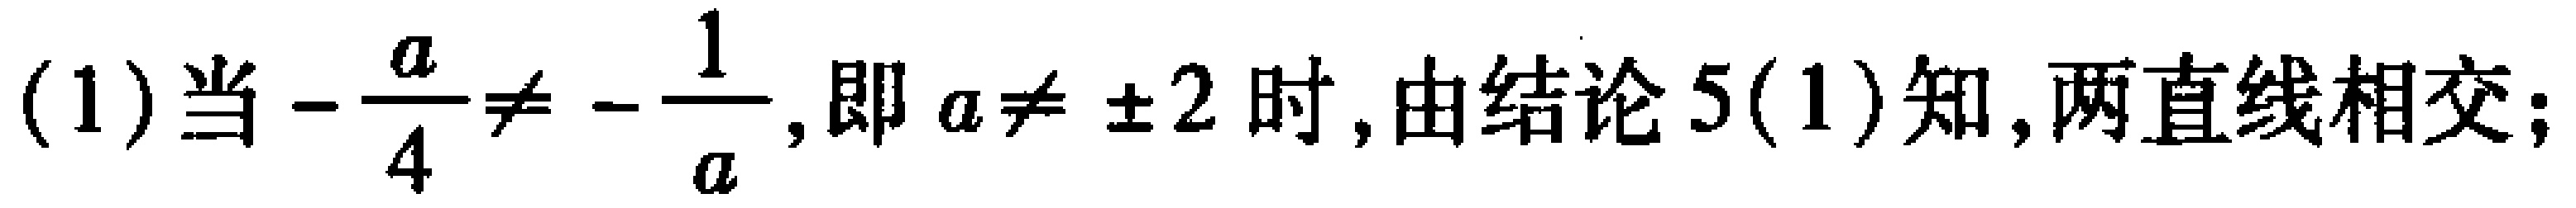
(1)当\(-\frac{a}{4}\neq -\frac{1}{a}\),即\(a\neq \pm 2\)时,由结论5(1)知,两直线相交;